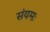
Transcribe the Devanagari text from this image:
संयमः